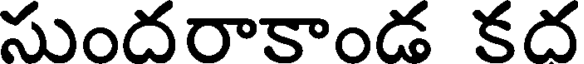
సుందరాకాండ కద